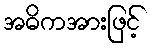
အဓိကအားဖြင့်